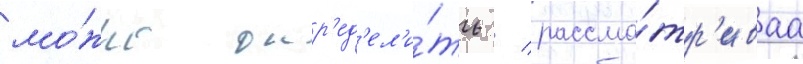
мо́жно опр'ед'ел'и́ть / рассма́тр'иваа